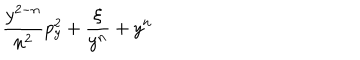
\! \! \frac { y ^ { 2 - n } } { n ^ { 2 } } p _ { y } ^ { 2 } + \frac { \xi } { y ^ { n } } + y ^ { n } \! \!